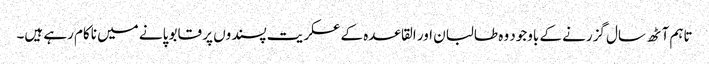
تاہم آٹھ سال گزرنے کے باوجود وہ طالبان اور القاعدہ کے عسکریت پسندوں پر قابو پانے میں ناکام رہے ہیں۔